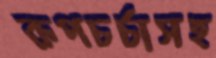
রূপচর্চাসহ